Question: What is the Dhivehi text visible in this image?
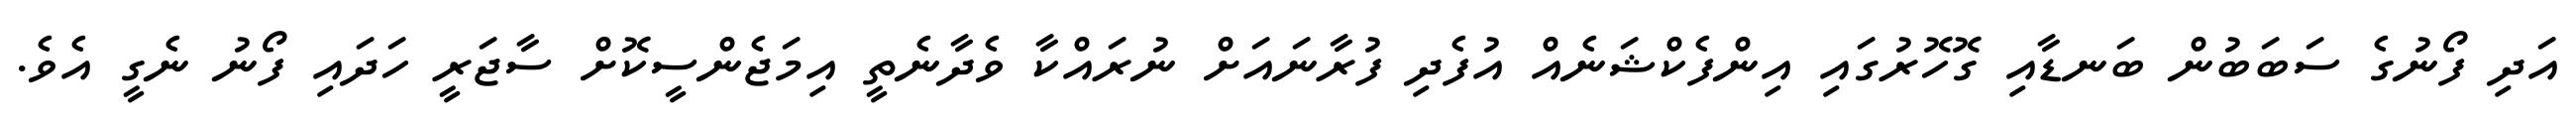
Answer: އަދި ފޯނުގެ ސަބަބުން ބަނޑާއި ގޮހޮރުގައި އިންފެކްޝަނެއް އުފެދި ފުރާނައަށް ނުރައްކާ ވެދާނެތީ އިމަޖެންސީކޮށް ސާޖަރީ ހަދައި ފޯނު ނެގީ އެވެ.